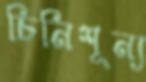
চিনিশূন্য